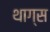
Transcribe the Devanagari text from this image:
थाग्स